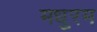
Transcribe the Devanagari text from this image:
मधुरम